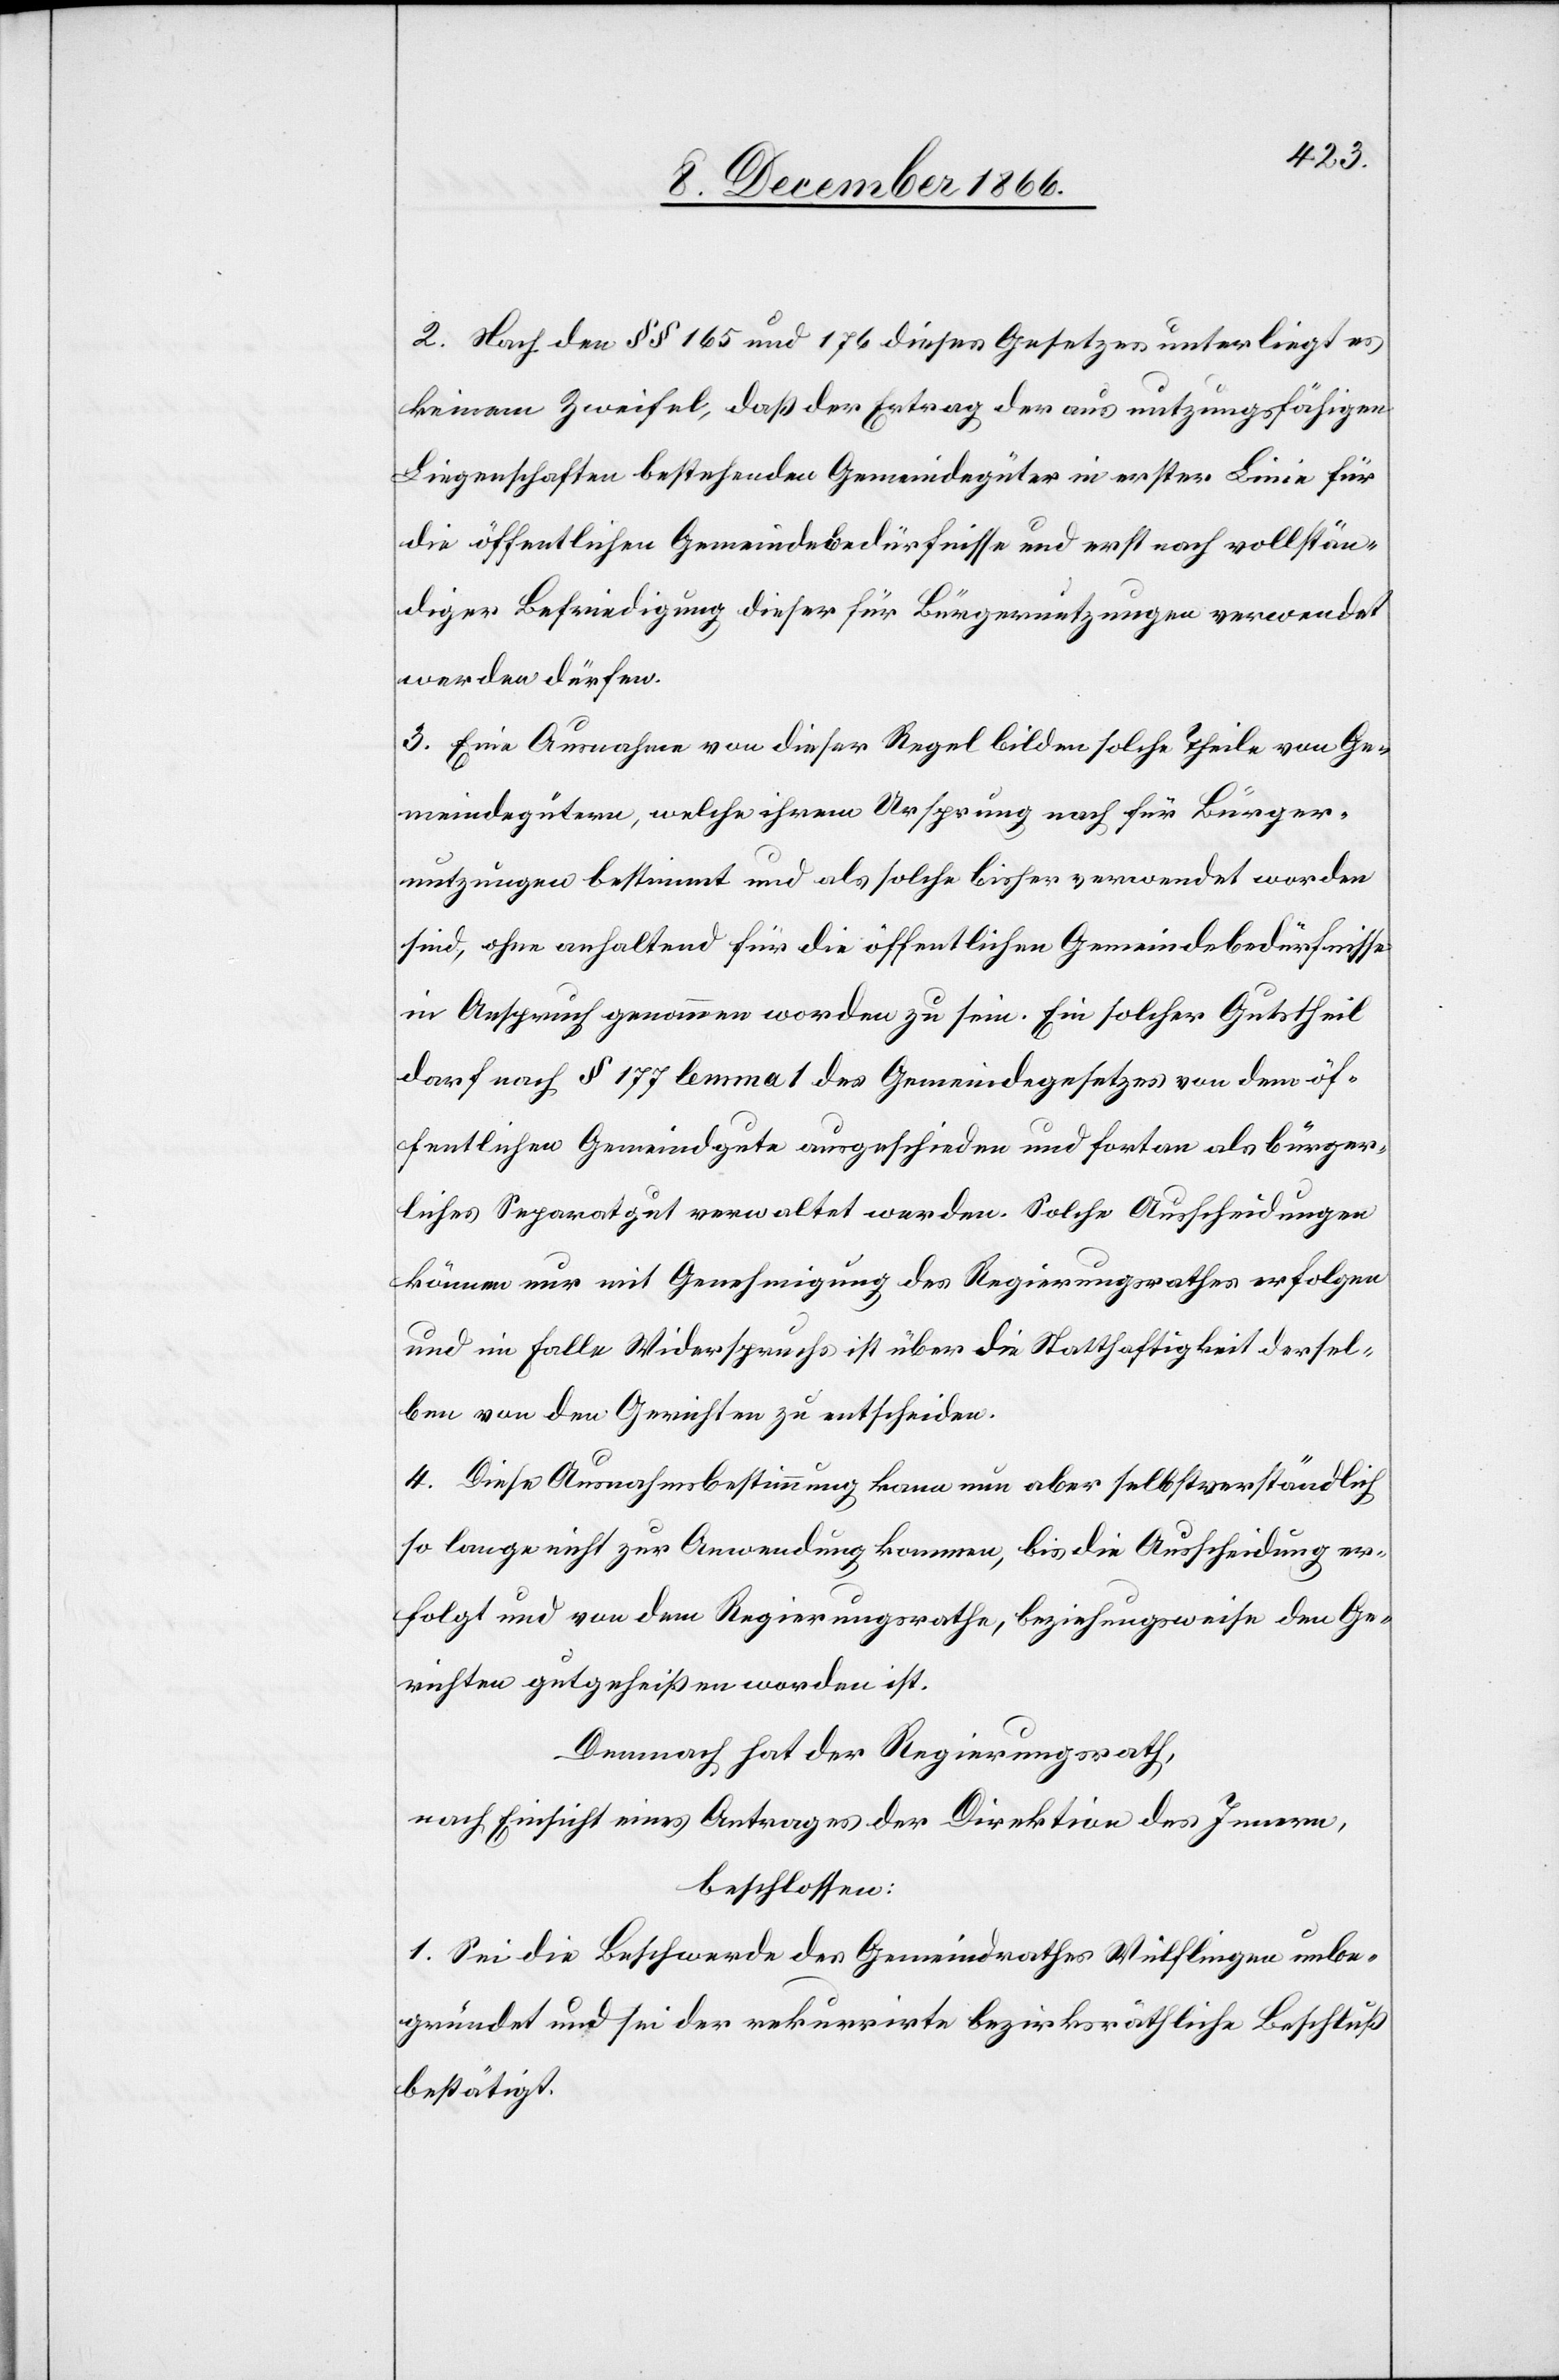
2. Nach den §§ 165 und 176 dieses Gesetzes unterliegt es
keinem Zweifel, daß der Ertrag der aus nutzungsfähigen
Liegenschaften bestehenden Gemeindegüter in erster Linie für
die öffentlichen Gemeindebedürfnisse und erst nach vollstän¬
diger Befriedigung dieser für Bürgernutzungen verwendet
werden dürfen.
3. Eine Ausnahme von dieser Regel bilden solche Theile von Ge¬
meindegütern, welche ihrem Ursprung nach für Bürger¬
nutzungen bestimmt und als solche bisher verwendet worden
sind, ohne anhaltend für die öffentlichen Gemeindebedürfnisse
in Anspruch genommen worden zu sein. Ein solcher Gutstheil
darf nach § 177 lemma 1 des Gemeindegesetzes von dem öf¬
fentlichen Gemeindgute ausgeschieden und fortan als bürger¬
liches Separatgut verwaltet werden. Solche Ausscheidungen
können nur mit Genehmigung des Regierungsrathes erfolgen
und im Falle Widerspruchs ist über die Statthaftigkeit dersel¬
ben von den Gerichten zu entscheiden.
4. Diese Ausnahmsbestimmung kann nun aber selbstverständlich
so lange nicht zur Anwendung kommen, bis die Ausscheidung er¬
folgt und von dem Regierungsrathe, beziehungsweise den Ge¬
richten gutgeheißen worden ist.
Demnach hat der Regierungsrath,
nach Einsicht eines Antrages der Direktion des Innern,
beschlossen:
1. Sei die Beschwerde des Gemeindrathes Wülflingen unbe¬
gründet und sei der rekurrirte bezirksräthliche Beschluß
bestätigt.